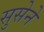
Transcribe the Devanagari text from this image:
सुसेने